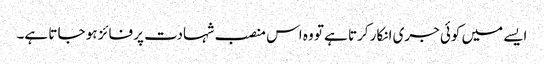
ایسے میں کوئی جری انکار کرتا ہے تو وہ اس منصب شہادت پر فائز ہو جا تا ہے۔